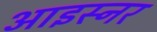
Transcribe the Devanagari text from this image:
आइस्नर